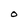
Character: O